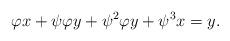
LaTeX: \begin{align*} \varphi x + \psi \varphi y + \psi^2 \varphi y + \psi^3 x = y.\\\end{align*}